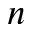
n